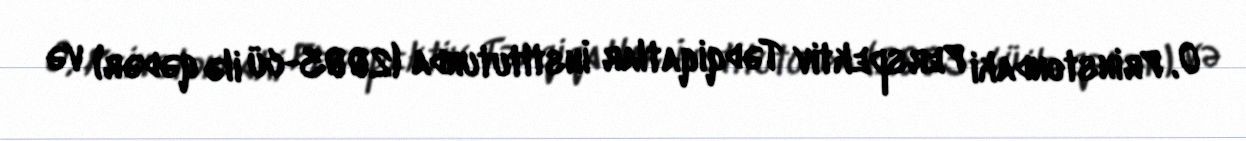
O, Prinstondaki Perspektiv Tədqiqatlar İnstitutunda (2003-cü ilə qədər) və